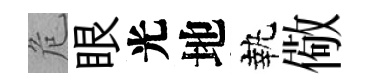
危眼光地執儆